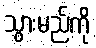
သွားမည်ကို